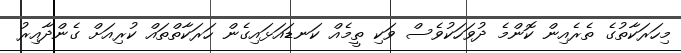
މިހަރަކާތުގެ ތެރެއިން ކޮންމެ ދުވަހަކުވެސް ވަކި ތީމެއް ކަނޑައަޅައިގެން ހަރަކާތްތައް ކުރިއަށް ގެންދާއިރު